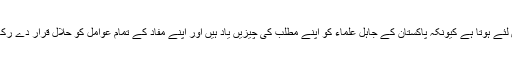
ایسااس لئے ہوتا ہے کیونکہ پاکستان کے جاہل علماء کو اپنے مطلب کی چیزیں یاد ہیں اور اپنے مفاد کے تمام عوامل کو حلال قرار دے رکھا ہے۔